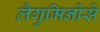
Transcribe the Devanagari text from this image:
लैगुमिनोसे